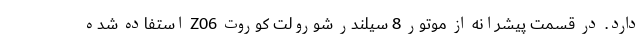
دارد. در قسمت پیشرانه از موتور 8 سیلندر شورولت کوروت Z06 استفاده شده